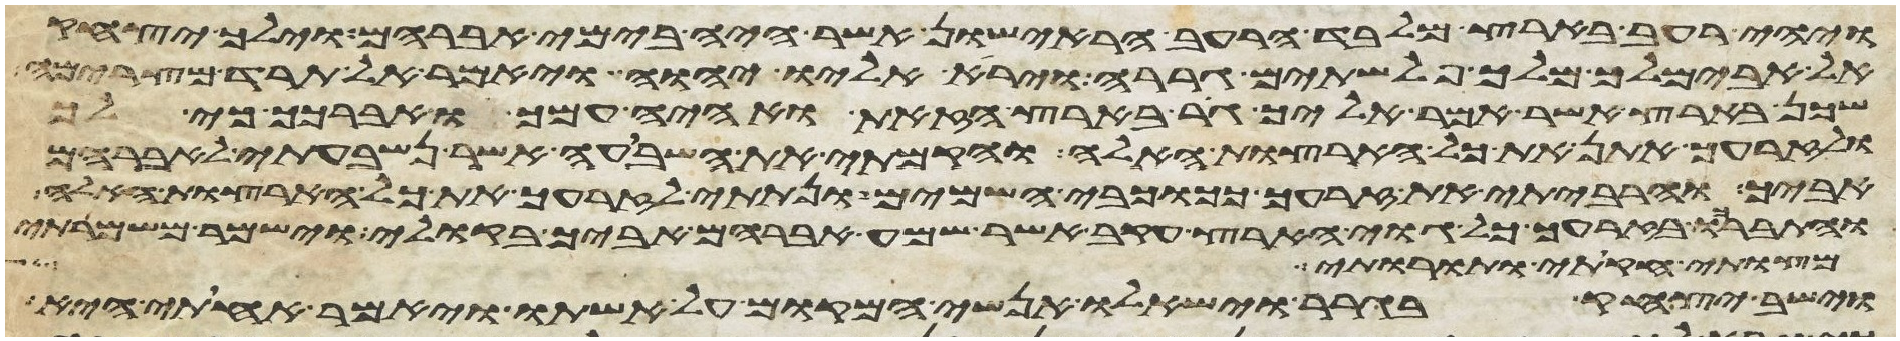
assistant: ויהי רעב בארץ מלבד הרעב הראישון אשר היה בימי אברהם וילך יצחק
אל אבימלך מלך פלשתים גררה וירא אליו יהוה ויאמר אל תרד מצרימה
שכן בארץ אשר אמר אליך גר בארץ הזאת ואהיה עמך ואברכך כי לך
ולזרעך אתן את כל הארצות האלה והקמתי את השבועה אשר נשבעתי לאברהם
אביך והרביתי את זרעך ככוכבי השמים ונתתי לזרעך את כל הארצות האלה
והתברכו בזרעך כל גוי הארץ עקב אשר שמע אברהם אביך בקולי וישמר משמרתי
מצותי חקותי ותורותי
וישב יצחק בגרר וישאלו אנשי המקום על אשתו ויאמר אחותי היא